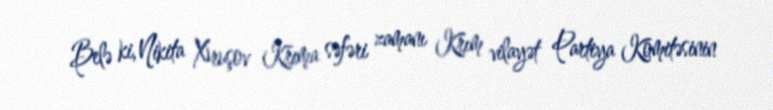
Belə ki, Nikita Xruşov Krıma səfəri zamanı Krım vilayət Partiya Komitəsinin